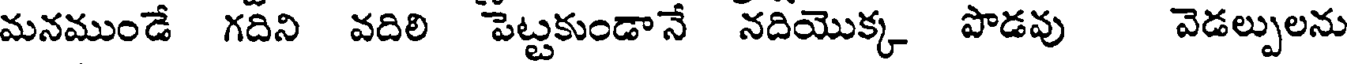
మనముండే గదిని వదిలి పెట్టకుండానే నదియొక్క పొడవు వెడల్పులను